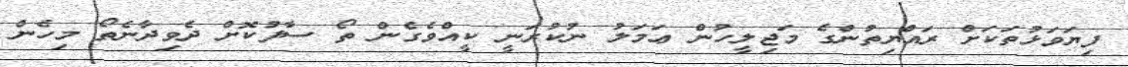
ފިޔަވަޅުތަކަށް ރައްޔިތުންގެ މަޖިލީހުން ޢަމަލު ނުކުރަނީ ކީއްވެގެން ތޯ ސާފުކޮށް ދެވިދާނެތޯ މިހެން